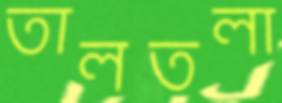
তালতলা